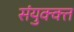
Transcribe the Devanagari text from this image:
संयुक्क्त